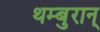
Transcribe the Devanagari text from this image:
थम्बुरान्